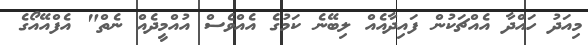
މިއަދު ހައްދާ އެއްޗަކުން ފައިދާއެއް ލިބޭނެ ކަމުގެ އެއްވެސް އުއްމީދެއް ނެތް" އެފްއޭއޯގެ